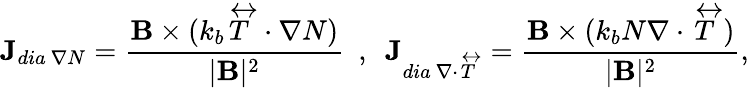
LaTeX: \textbf{J}_{dia\ \nabla N}=\frac{\textbf{B}\times(k_{b}\overleftrightarrow{T}\cdot\nabla N)}{|\textbf{B}|^{2}}\ \ ,\ \ \textbf{J}_{dia\ \nabla\cdot\overleftrightarrow{T}}=\frac{\textbf{B}\times(k_{b}N\nabla\cdot\overleftrightarrow{T})}{|\textbf{B}|^{2}},